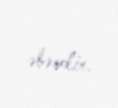
əbəsdir.